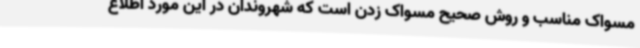
مسواک مناسب و روش صحیح مسواک‌ زدن است که شهروندان در این مورد اطلاع